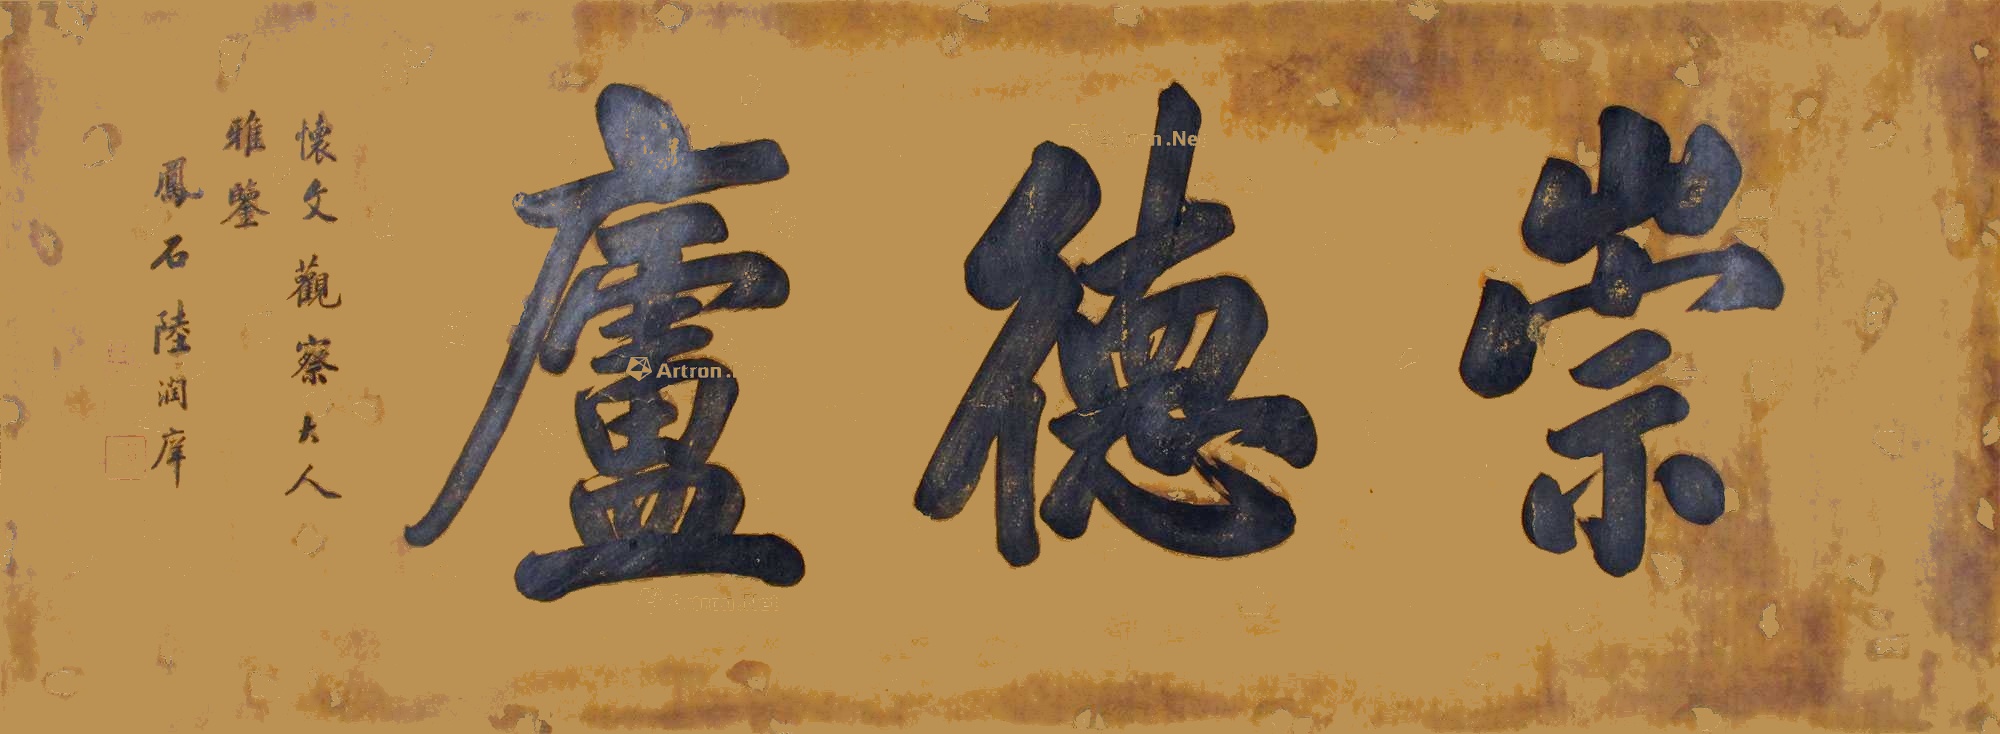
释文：崇德庐，怀文观察大人雅鉴，凤石陆润庠。